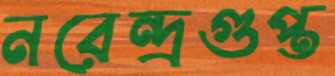
নরেন্দ্রগুপ্ত